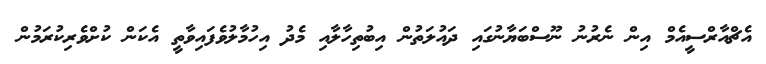
އެޗްއާރްސީއެމް އިން ނެރުނު ނޫސްބަޔާނުގައި ދައުލަތުން އިބުތިހާލާއި މެދު އިހުމާލުވެފައިވާތީ އެކަން ކުށްވެރިކުރަމުން